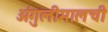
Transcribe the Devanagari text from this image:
अंगुलीमालची